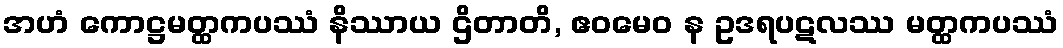
အဟံ ကောဋ္ဌမတ္ထကပဿံ နိဿာယ ဌိတာတိ, ဧဝမေဝ န ဥဒရပဋလဿ မတ္ထကပဿံ